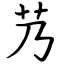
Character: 艿